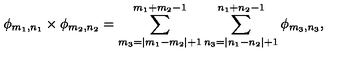
\phi _ { m _ { 1 } , n _ { 1 } } \times \phi _ { m _ { 2 } , n _ { 2 } } = \sum _ { m _ { 3 } = | m _ { 1 } - m _ { 2 } | + 1 } ^ { m _ { 1 } + m _ { 2 } - 1 } \sum _ { n _ { 3 } = | n _ { 1 } - n _ { 2 } | + 1 } ^ { n _ { 1 } + n _ { 2 } - 1 } \phi _ { m _ { 3 } , n _ { 3 } } ,